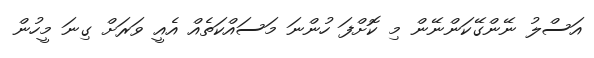
އަސްލު ނޭންގޭކަންނޭން މި ކޮށްފަ ހުންނަ މަސައްކަތެއް އެއީ ވަރަށް ގިނަ މީހުން